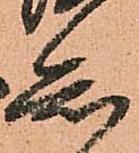
知